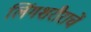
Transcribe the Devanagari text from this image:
लिंगशरीराचें